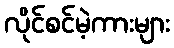
လိုင်စင်မဲ့ကားများ